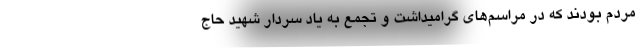
مردم بودند که در مراسم‌های گرامیداشت و تجمع به یاد سردار شهید حاج